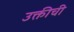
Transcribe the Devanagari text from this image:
उक्तीची